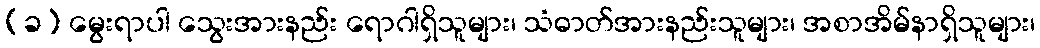
(ခ) မွေးရာပါ သွေးအားနည်း ရောဂါရှိသူများ၊ သံဓာတ်အားနည်းသူများ၊ အစာအိမ်နာရှိသူများ၊